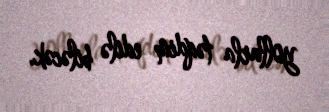
yollarla təqdim edilə biləcək.